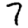
Digit: 7